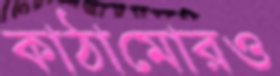
কাঠামোরও